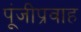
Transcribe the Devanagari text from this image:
पूंजीप्रवाह